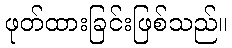
ဖုတ်ထားခြင်းဖြစ်သည်။